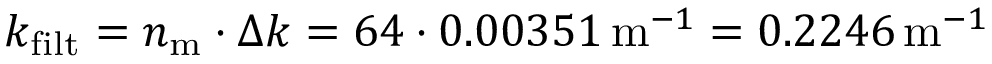
k _ { \mathrm { f i l t } } = n _ { \mathrm { m } } \cdot \Delta k = 6 4 \cdot 0 . 0 0 3 5 1 \, \mathrm { m } ^ { - 1 } = 0 . 2 2 4 6 \, \mathrm { m } ^ { - 1 }